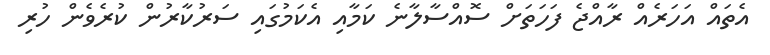
އެތައް އަހަރެއް ރާއްޖެ ފަހަތަށް ސޮއްސާލާނެ ކަމާއި އެކަމުގައި ސަރުކާރުން ކުރެވެން ހުރި